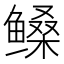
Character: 𱈎